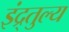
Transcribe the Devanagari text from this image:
इंद्र्तुल्य